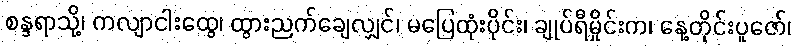
စန္ဒရာသို့၊ ကလျာငါးထွေ၊ ထွားညက်ချေလျှင်၊ မပြေထုံးပိုင်း၊ ချုပ်ရီမှိုင်းက၊ နေ့တိုင်းပူဇော်၊